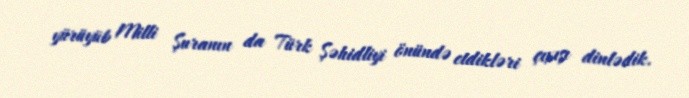
yürüyüb Milli Şuranın da Türk Şəhidliyi önündə etdikləri çıxışı dinlədik.